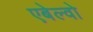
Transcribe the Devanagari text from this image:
एबेल्वो